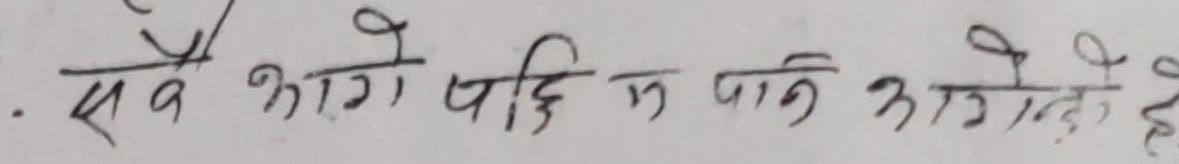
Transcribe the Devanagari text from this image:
सबै नागेरपछि मनपनि नआउने हो।